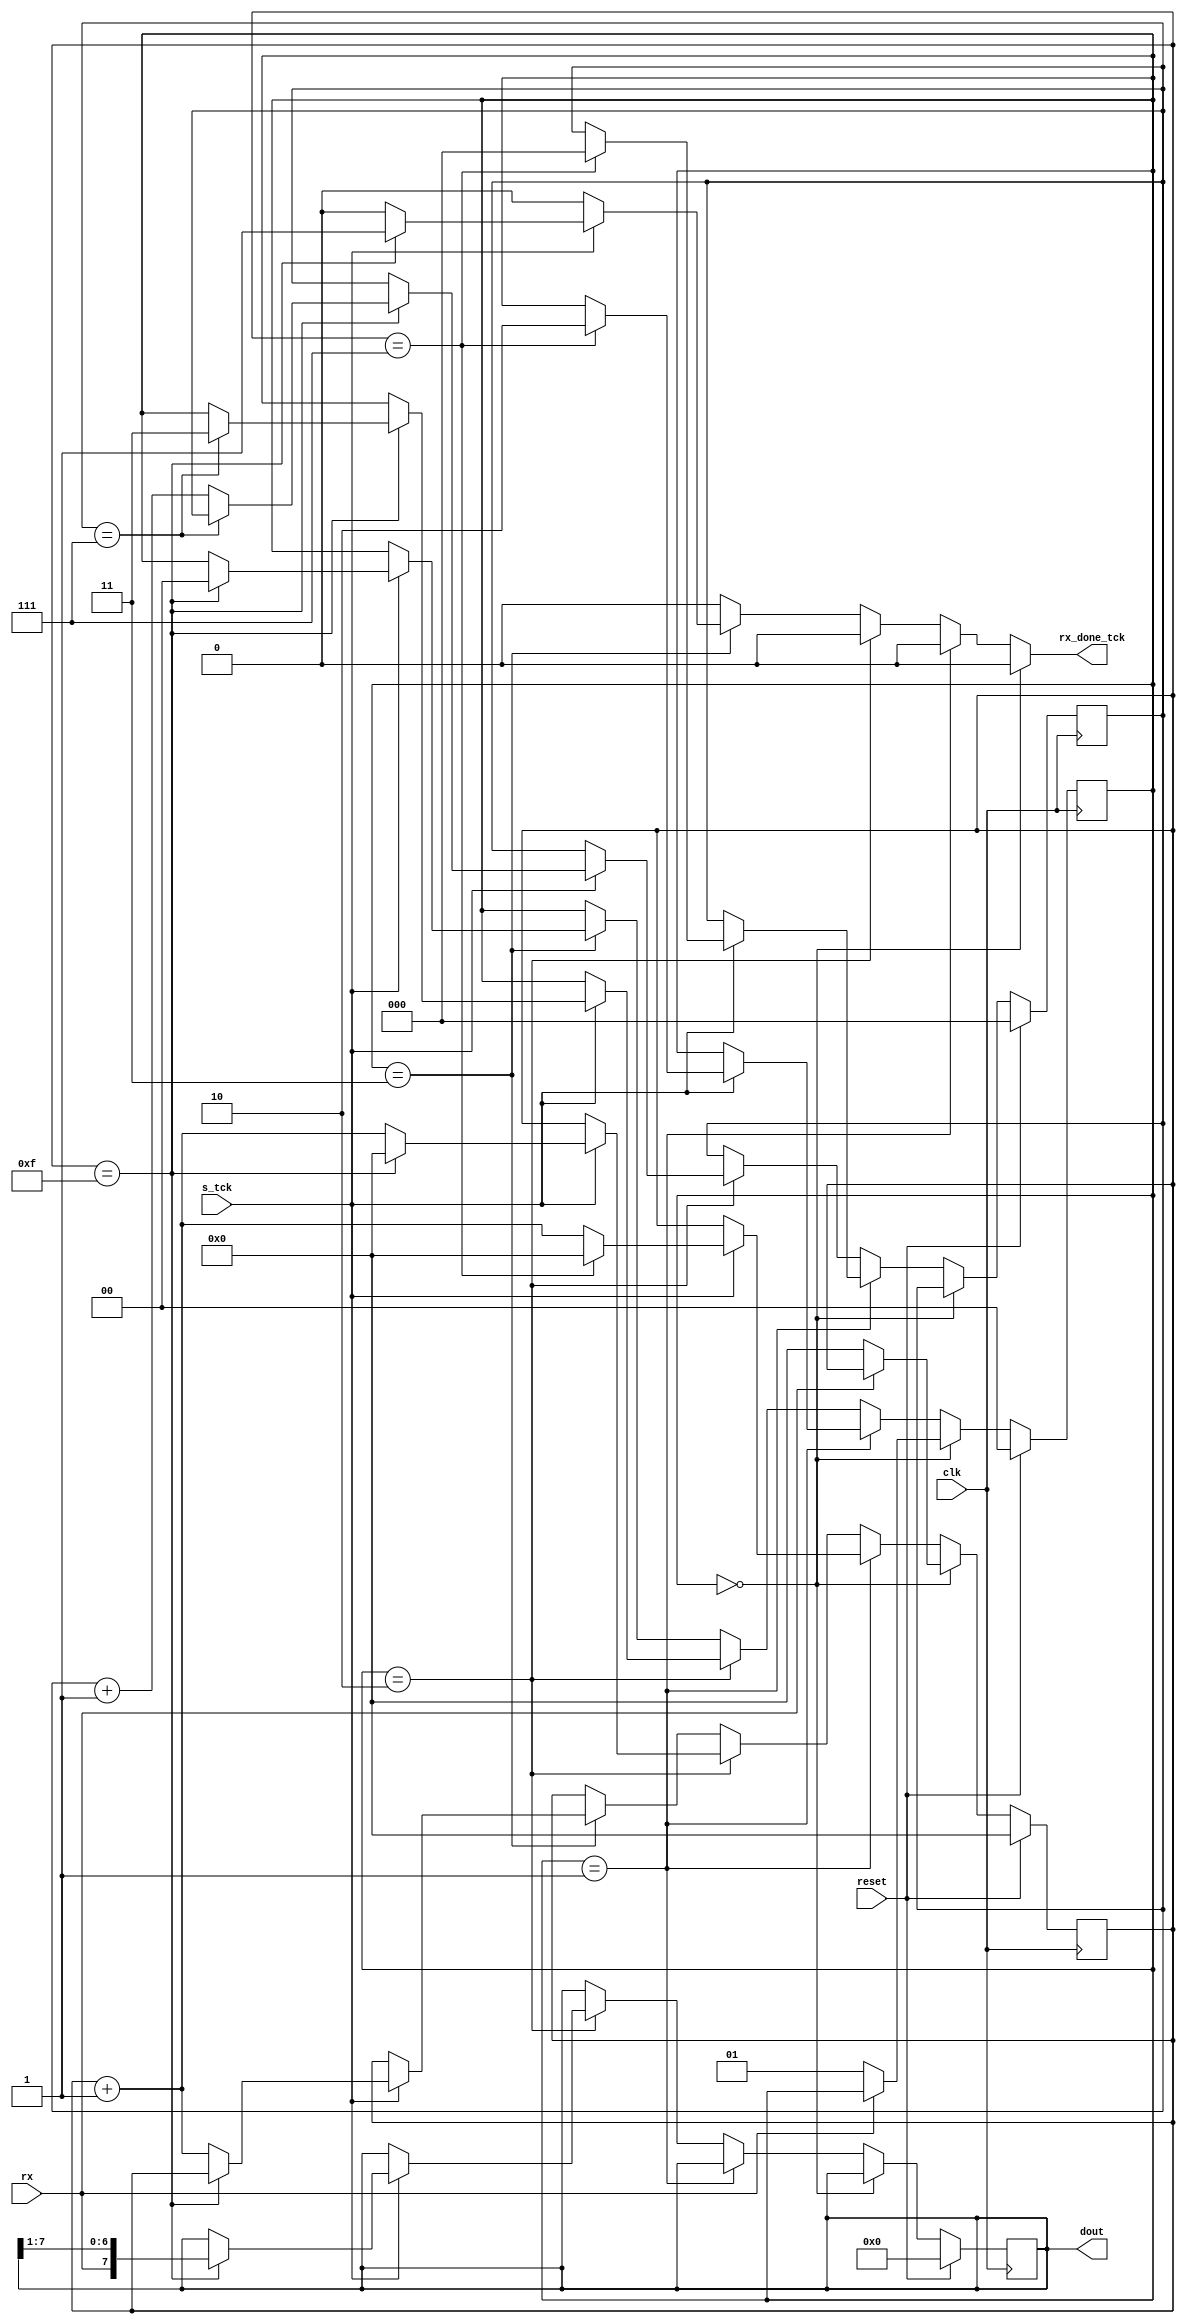
module uart_rx
   #(
     parameter DBIT = 8,     // No of data bits
               SB_tck = 16  // No of tcks for stop bits
   )
   (
    input wire clk, reset,
    input wire rx, s_tck,
    output reg rx_done_tck,
    output wire [7:0] dout
   );

   
   localparam [1:0] init_state  = 2'b00,start = 2'b01,data  = 2'b10,stop  = 2'b11;

   
   reg [1:0] state, state_next;
   reg [3:0] s, s_next;
   reg [2:0] n, n_next;
   reg [7:0] b, b_next;

  
   always @(posedge clk)
      if (reset)
         begin
            state <= init_state;
            s <= 0;
            n <= 0;
            b <= 0;
         end
      else
         begin
            state <= state_next;
            s <= s_next;
            n <= n_next;
            b <= b_next;
         end

  
   always @*
   begin
      
      s_next = s;
      n_next = n;
      b_next = b;
      state_next = state;
      rx_done_tck = 1'b0;
      if(state==init_state)
         begin
            if (~rx)
               begin
		  s_next = 0;
                  state_next = start;
               end
         end
      else if(state==start)
         begin
            if (s_tck)
               if (s==7)
                  begin
                     state_next = data;
                     s_next = 0;
                     n_next = 0;
                  end
               else
                  s_next = s + 1;
         end
      else if(state==data)
         begin
            if (s_tck)
               if (s==15)
                  begin
                     s_next = 0;
                     b_next = {rx, b[7:1]};
                     if (n==(DBIT-1))
                        state_next = stop ;
                      else
                        n_next = n + 1;
                   end
               else
                  s_next = s + 1;
         end
       else if(state==stop)
         begin
            if (s_tck)
               if (s==(SB_tck-1))
                  begin
                     state_next = init_state;
                     rx_done_tck =1'b1;
                  end
               else
                  s_next = s + 1;
         end
   end
   
   assign dout = b;

endmodule